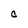
Character: C